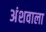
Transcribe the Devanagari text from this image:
अंशवाला